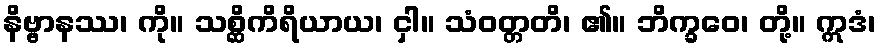
နိဗ္ဗာနဿ၊ ကို။ သစ္ဆိကိရိယာယ၊ ငှါ။ သံဝတ္တတိ၊ ၏။ ဘိက္ခဝေ၊ တို့။ ဣဒံ၊